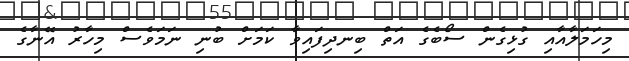
މިހަމަލާއާއި ގުޅިގެން ސޯބެގެ އަތް ބިނދިފައިވާ ކަމަށް ބުނި ނަމަވެސް މިހާރު އޭނާގެ